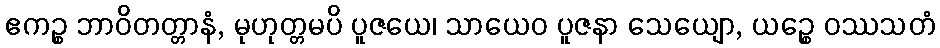
ဧကဉ္စ ဘာဝိတတ္တာနံ, မုဟုတ္တမပိ ပူဇယေ၊ သာယေဝ ပူဇနာ သေယျော, ယဉ္စေ ဝဿသတံ